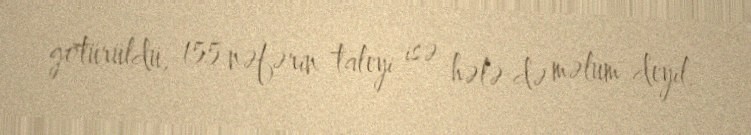
götürüldü, 155 nəfərin taleyi isə hələ də məlum deyil.